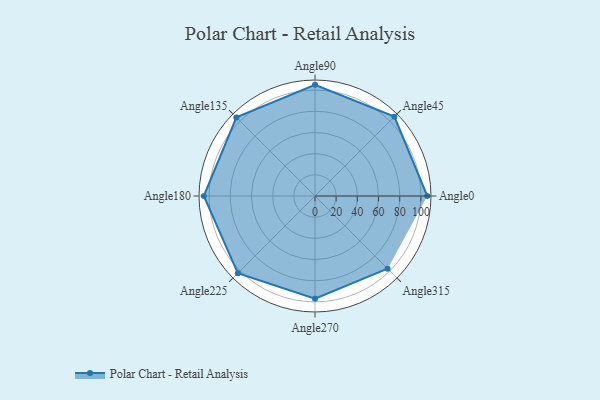
{"axis": {"x": "Angle", "y": "Radius"}, "legend": [""], "data": [{"x": "Angle0", "y": 106.0, "type": ""}, {"x": "Angle45", "y": 106.0, "type": ""}, {"x": "Angle90", "y": 105.0, "type": ""}, {"x": "Angle135", "y": 105.0, "type": ""}, {"x": "Angle180", "y": 105.0, "type": ""}, {"x": "Angle225", "y": 103.0, "type": ""}, {"x": "Angle270", "y": 97.0, "type": ""}, {"x": "Angle315", "y": 97.0, "type": ""}]}